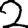
Digit: 2